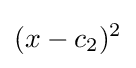
(x-c_{2})^{2}